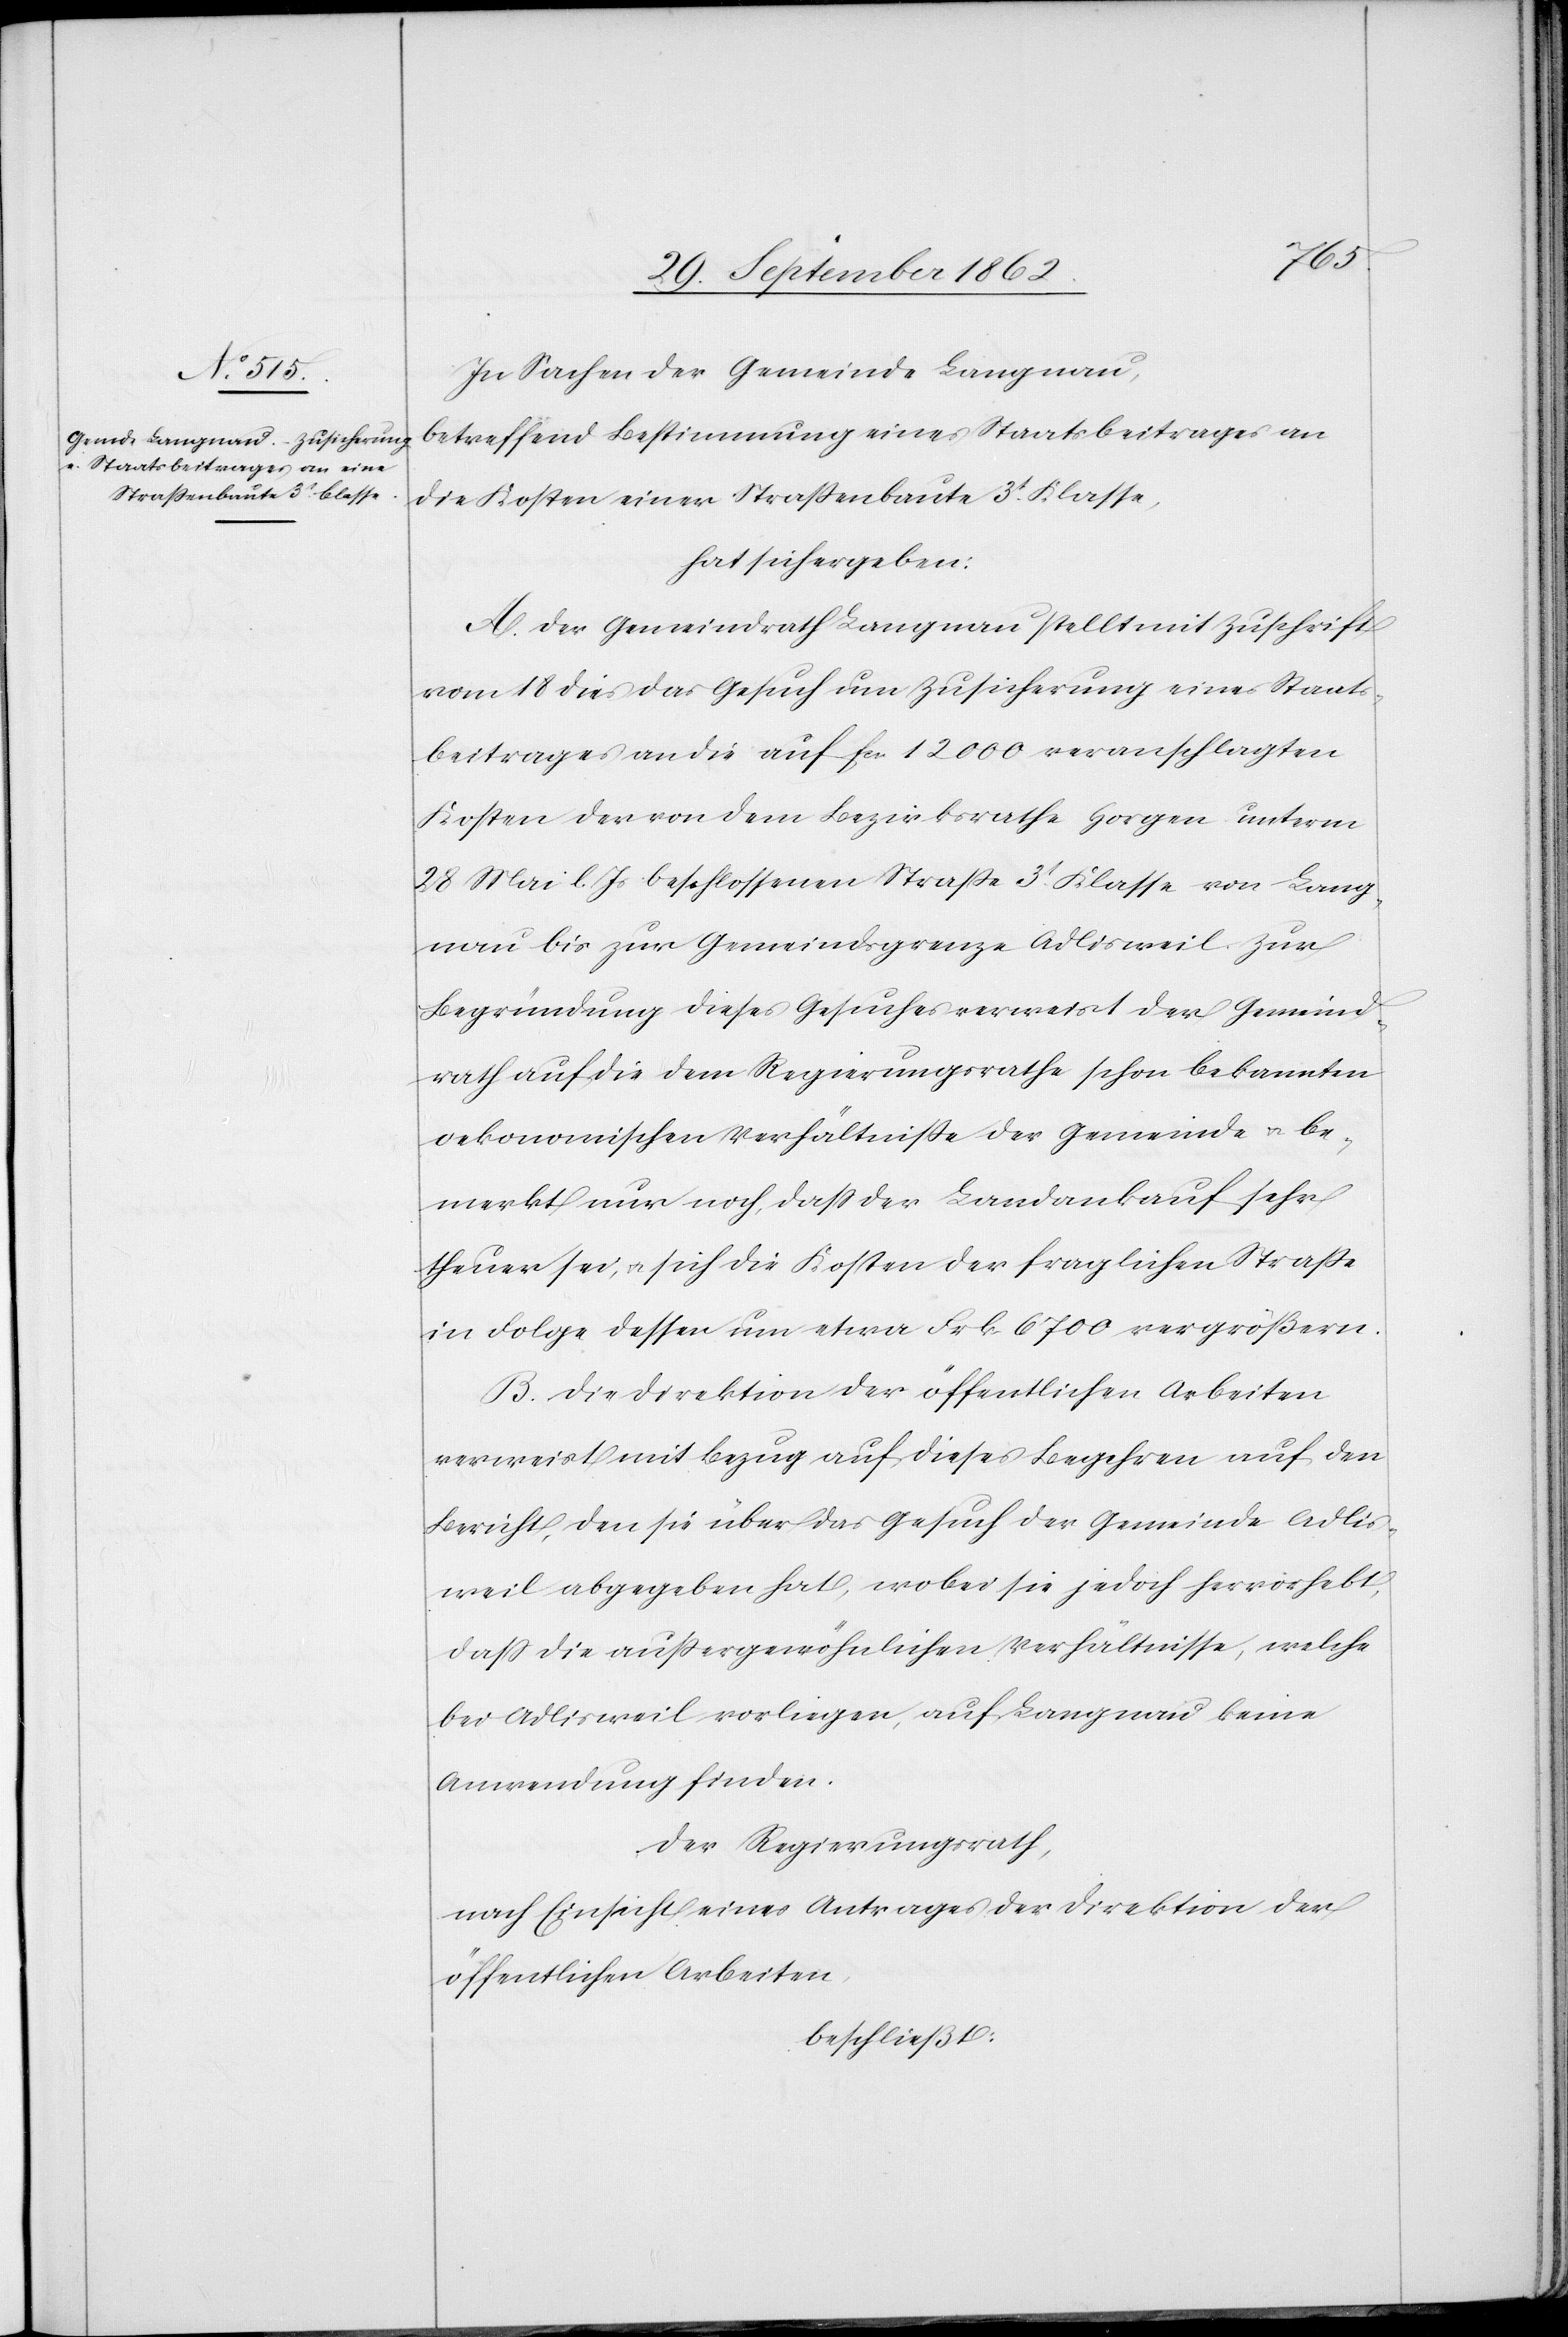
In Sachen der Gemeinde Langnau,
betreffend Bestimmung eines Staatsbeitrages an
die Kosten einer Straßenbaute 3t Klasse,
hat sich ergeben:
A. Der Gemeindrath Langnau stellt mit Zuschrift
vom 18. dies das Gesuch um Zusicherung eines Staats¬
beitrages an die auf fcs. 12 000 veranschlagten
Kosten der von dem Bezirksrathe Horgen unterm
28. Mai l. Js. beschlossenen Straße 3t Klasse von Lang¬
nau bis zur Gemeindsgrenze Adlisweil. Zur
Begründung dieses Gesuches verweist der Gemeind¬
rath auf die dem Regierungsrathe schon bekannten
oekonomischen Verhältniße der Gemeinde u. be¬
merkt nur noch, daß der Landankauf sehr
theuer sei, u. sich die Kosten der fraglichen Straße
in Folge dessen um etwa Frk. 6700 vergrößern.
B. Die Direktion der öffentlichen Arbeiten
verweist mit Bezug auf dieses Begehren auf den
Bericht, den sie über das Gesuch der Gemeinde Adlis¬
weil abgegeben hat, wobei sie jedoch hervorhebt,
daß die außergewöhnlichen Verhältnisse, welche
bei Adlisweil vorliegen, auf Langnau keine
Anwendung finden.
Der Regierungsrath,
nach Einsicht eines Antrages der Direktion der
öffentlichen Arbeiten,
beschließt: